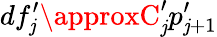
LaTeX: df_{\mathit{j}}^{\prime}\approxC_{\mathit{j}}^{\prime}p_{\mathit{j}+1}^{\prime}